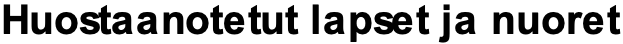
Huostaanotetut lapset ja nuoret